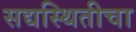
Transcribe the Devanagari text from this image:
सद्यस्थितीचा